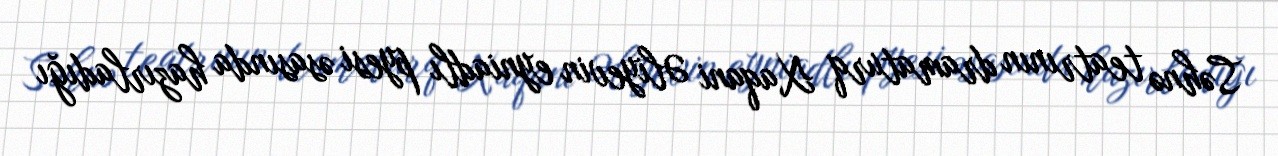
Səhnə teatrının dramaturq Xaqani Əliyevin eyniadlı pyesi əsasında hazırladığı